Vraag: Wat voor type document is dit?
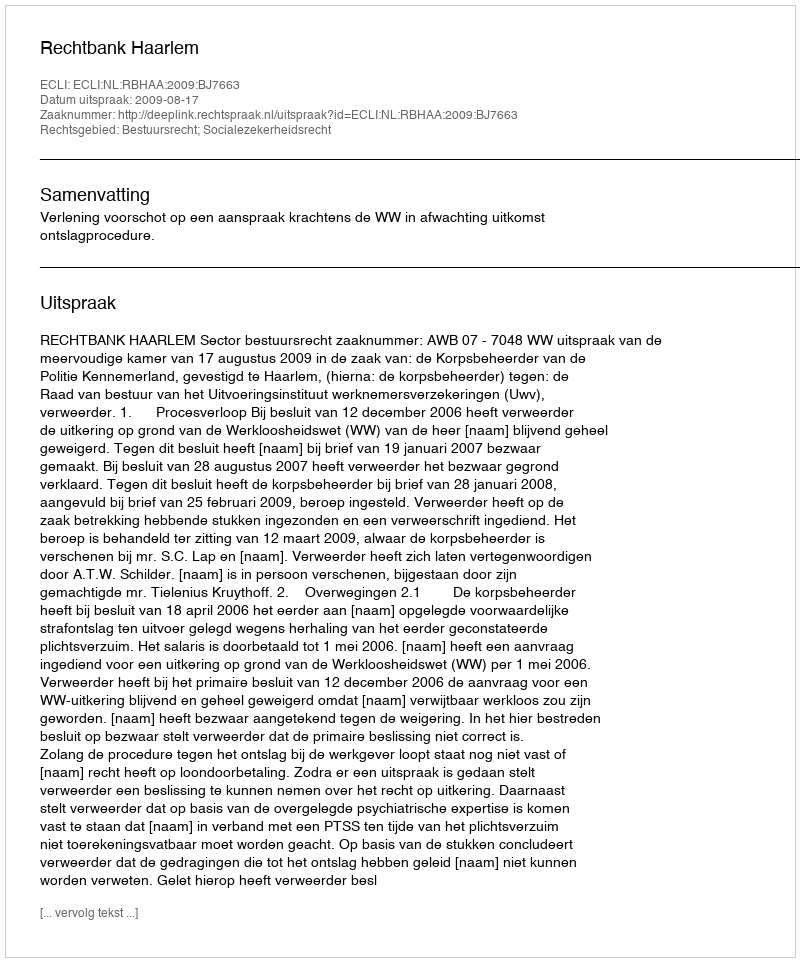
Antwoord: Uitspraak